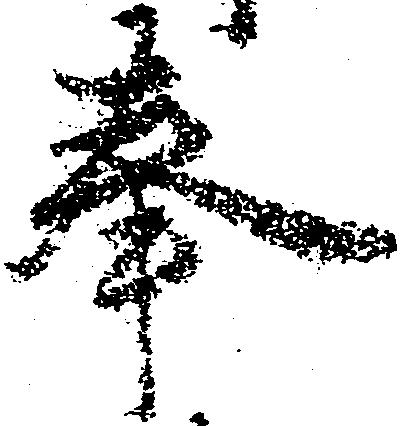
奉